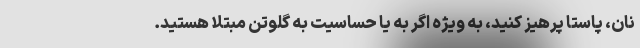
نان، پاستا پرهیز کنید، به ویژه اگر به یا حساسیت به گلوتن مبتلا هستید.